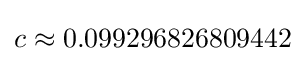
c\approx 0.099296826809442